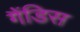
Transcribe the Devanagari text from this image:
गैंडिस